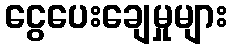
ငွေပေးချေမှုများ